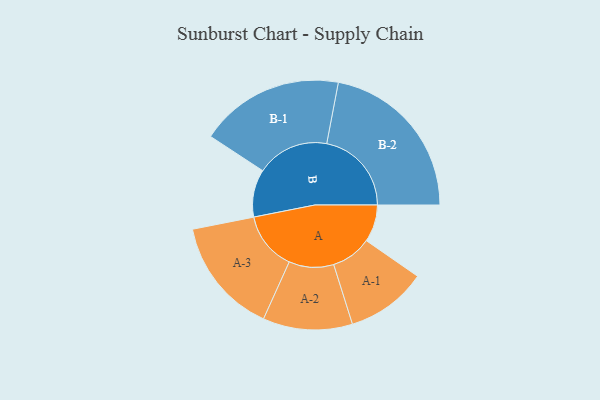
{"axis": {"x": "Segment", "y": "Value"}, "legend": ["", "A", "B"], "data": [{"x": "A", "y": 104, "type": ""}, {"x": "B", "y": 133, "type": ""}, {"x": "A-1", "y": 113, "type": "A"}, {"x": "A-2", "y": 125, "type": "A"}, {"x": "A-3", "y": 163, "type": "A"}, {"x": "B-1", "y": 202, "type": "B"}, {"x": "B-2", "y": 237, "type": "B"}]}